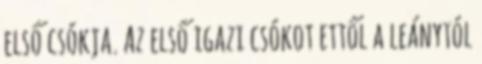
első csókja. Az első igazi csókot ettől a leánytól